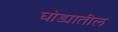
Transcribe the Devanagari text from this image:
घोड्यातील